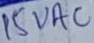
Text: 15VAC